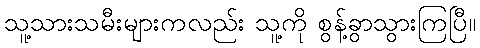
သူ့သားသမီးများကလည်း သူ့ကို စွန့်ခွာသွားကြပြီ။